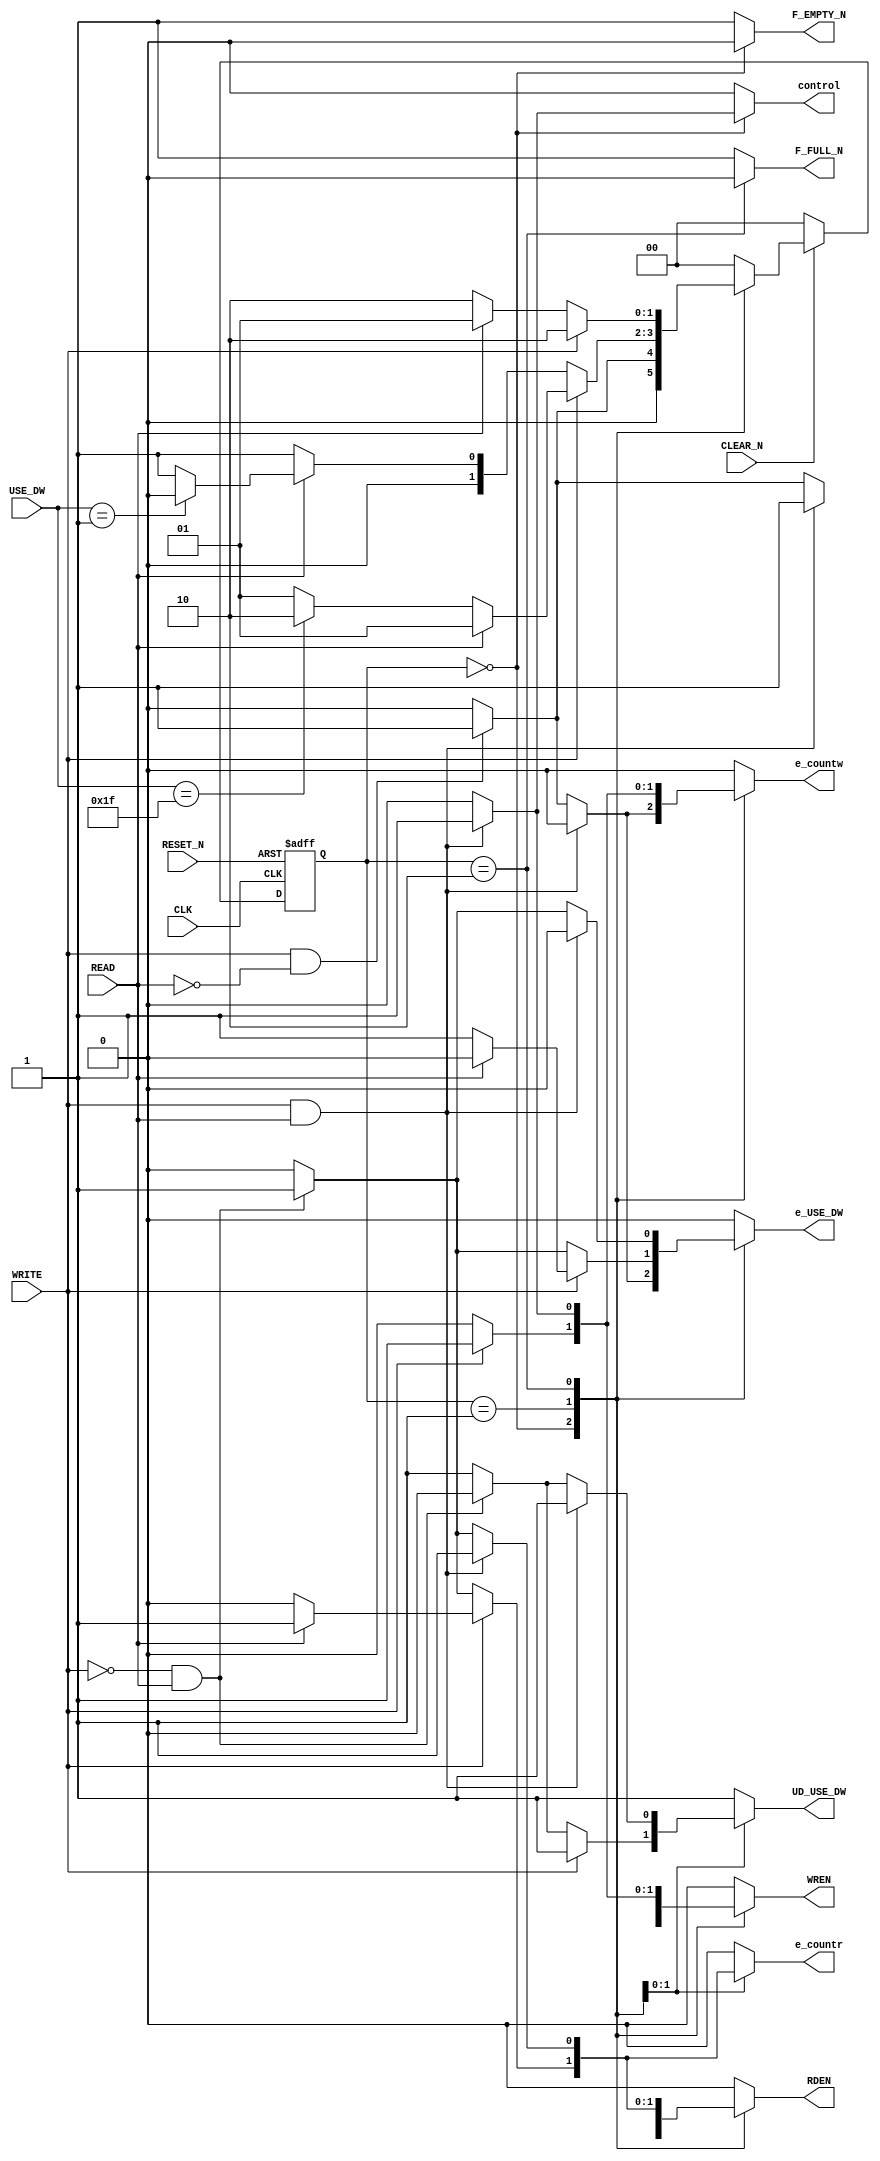
// --------------------------------------------------------------------
// Universitat Politcnica de Valncia
// Escuela Tcnica Superior de Ingenieros de Telecomunicacin
// --------------------------------------------------------------------
// Integracin de Sistemas Digitales
// Curso 2022 - 2023
// --------------------------------------------------------------------
// Nombre del archivo: FSM_FIFO.v
//
// Descripcin: Este cdigo Verilog implementa el maquina de estados de la FIFO solicitada.
// Cuenta con la siguiente relacin de entradas y salidas:
//
//	ENTRADAS
//  1.  CLK, Reloj activo por flanco de subida
//  2.  RESET_N, Reset activo a nivel bajo y asincrono
//  3.	CLEAR_N, Reset activo a nivel bajo y sincrono
//	4. 	USE_DW, indica las posiciones de memoria ocupadas
//  5.  WRITE, se activa cuando se debe escribir
//  6.  READ, se activa cuando se debe leer
//
//	SALIDAS
//	7.  F_FULL_N, Flag activo a nivel bajo que nos indica cuando la memoria esta llena
//	8.  F_EMPTY_N, Flag activo a nivel bajo que nos indica cuando la memoria esta vacia
//	9.  UD_USE_DW, indica si el contador USE_DW tiene que contar hacia arriba o haccia debajo
//  10.	e_countr, enable de Countr
//	11. e_countw, enable de Countw
//	12. e_USE_DW, enable de USE_DW
//	13. control, flag utilizada para realizar, o no, un bypass en la salida
//	14.	WREN, habilita la escritura
//	15. RDEN, habilita la lectura
//  
// --------------------------------------------------------------------
// Versin: V1.0 | Fecha Modificacin: 09/10/2022
//
// Autores: Carlos Tejedo Fuster y Jaime Oviedo Goberna 
// Ordenador de trabajo: Personal
//
// --------------------------------------------------------------------
module FSM_FIFO (

	input CLK, RESET_N,
	input CLEAR_N, READ, WRITE, 
	input [4:0] USE_DW,
	output reg F_FULL_N, F_EMPTY_N, UD_USE_DW,
	output reg e_countw,e_countr, e_USE_DW, WREN, RDEN, control

);

reg [1:0] state, next_state;
localparam [1:0] vacio = 2'b00, otros = 2'b01, lleno = 2'b10;

//Proceso para cambiar de estado
always @(posedge CLK or negedge RESET_N)
	begin
		if(!RESET_N)
			state <= vacio;
		else if (!CLEAR_N)
			state <= vacio;
		else
			state <= next_state;
	end
	
//Proceso que define el estado siguiente
always @(WRITE, READ, USE_DW, state)
begin
		case (state)
		
			vacio:
				begin
					if(WRITE == 1 && READ == 0)
						next_state = otros;
					else
						next_state = vacio;
				end
				
			otros:
				begin
					if (WRITE)
						if(READ)
							next_state = otros;
						else
							begin
								if(USE_DW == 31)
									next_state = lleno;
								else
									next_state = otros;
							end
					else
						if(!READ)
							next_state = otros;
						else
							begin
								if(USE_DW == 1)
									next_state = vacio;
								else
									next_state = otros;
							end
				end
					
			lleno:
				begin
					if (WRITE)
						next_state = lleno; 
					else
						if (READ)
							next_state = otros;
						else
							next_state = lleno;
				end
				
			default: next_state = vacio;
		endcase 
			
	end
	
//Proceso que define las salidas
always @(state, READ, WRITE)
	begin
		case (state)
			vacio:
				begin
					F_EMPTY_N = 0;
					F_FULL_N = 1;
					
					if (WRITE && READ)
						begin
							WREN = 1;
							RDEN = 1;
							e_countw = 0;
							e_countr = 0;
							e_USE_DW = 0;
							UD_USE_DW = 1;
							control = 1;
						end
					else if (WRITE == 1 && READ == 0)
						begin
							WREN = 1;
							RDEN = 0;
							e_countw = 1;
							e_countr = 0;
							e_USE_DW = 1;
							UD_USE_DW = 1;
							control = 0;

						end
					else
						begin
							WREN = 0;
							RDEN = 0;
							e_countw = 0;
							e_countr = 0;
							e_USE_DW = 0;
							UD_USE_DW = 1;
							control = 0;

						end
					
				end
				
			otros:
				begin
					F_EMPTY_N = 1;
					F_FULL_N = 1;
					control = 0;

					
					if (WRITE)
						if (READ)
							begin
								WREN = 1; //SIEMPRE QUE SE ACTIVE A NIVEL ALTO. REVISAR
								RDEN = 1; //SIEMPRE QUE SE ACTIVE A NIVEL ALTO. REVISAR
								e_countw = 1;
								e_countr = 1;
								e_USE_DW = 0;
								UD_USE_DW = 1;
							end
						else
							begin
								WREN = 1; //SIEMPRE QUE SE ACTIVE A NIVEL ALTO. REVISAR
								RDEN = 0; //SIEMPRE QUE SE ACTIVE A NIVEL ALTO. REVISAR
								e_countw = 1;
								e_countr = 0;
								e_USE_DW = 1;
								UD_USE_DW = 1;
							end
						
					else if (!WRITE && READ)
						begin
							WREN = 0; //SIEMPRE QUE SE ACTIVE A NIVEL ALTO. REVISAR
							RDEN = 1; //SIEMPRE QUE SE ACTIVE A NIVEL ALTO. REVISAR
							e_countw = 0;
							e_countr = 1;
							e_USE_DW = 1;
							UD_USE_DW = 0;
						end
						
					else
						begin
							WREN = 0; //SIEMPRE QUE SE ACTIVE A NIVEL ALTO. REVISAR
							RDEN = 0; //SIEMPRE QUE SE ACTIVE A NIVEL ALTO. REVISAR
							e_countw = 0;
							e_countr = 0;
							e_USE_DW = 0;
							UD_USE_DW = 1;
						end
						
				end
				
			lleno:
				begin
					F_EMPTY_N = 1;
					F_FULL_N = 0;
					control = 0;

					
					if (WRITE && READ)
						begin
							WREN = 1; //SIEMPRE QUE SE ACTIVE A NIVEL ALTO. REVISAR
							RDEN = 1; //SIEMPRE QUE SE ACTIVE A NIVEL ALTO. REVISAR
							e_countw = 1;
							e_countr = 1;
							e_USE_DW = 0;
							UD_USE_DW = 1;
				
						end
					else if (!WRITE && READ)
						begin
							WREN = 0; //SIEMPRE QUE SE ACTIVE A NIVEL ALTO. REVISAR
							RDEN = 1; //SIEMPRE QUE SE ACTIVE A NIVEL ALTO. REVISAR
							e_countw = 0;
							e_countr = 1;
							e_USE_DW = 1;
							UD_USE_DW = 0;
						end
					else
						begin
							WREN = 0; //SIEMPRE QUE SE ACTIVE A NIVEL ALTO. REVISAR
							RDEN = 0; //SIEMPRE QUE SE ACTIVE A NIVEL ALTO. REVISAR
							e_countw = 0;
							e_countr = 0;
							e_USE_DW = 0;
							UD_USE_DW = 1;
						end
					
				end
			default:
				begin
					F_EMPTY_N = 1;
					F_FULL_N = 1;
					control = 0;
					WREN = 0; //SIEMPRE QUE SE ACTIVE A NIVEL ALTO. REVISAR
					RDEN = 0; //SIEMPRE QUE SE ACTIVE A NIVEL ALTO. REVISAR
					e_countw = 0;
					e_countr = 0;
					e_USE_DW = 0;
					UD_USE_DW = 1;
				end

		endcase
	end

//property vaciado; //opcion para reuso de propiedades
	//begin
//	@(posedge CLK) not (READ==1'b1 && F_EMPTY_N==1'b0 && WRITE==1'b0);
	//end
//endproperty
//sobrevaciado:assert property  (vaciado) else $error("leyendo de una fifo vacia");

//always@(posedge CLK)
//begin
//	if(READ==1'b1 && F_EMPTY_N==1'b0 && WRITE==1'b0)
//		$display("leyendo de una fifo vacia");
//end
endmodule